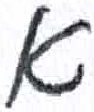
אות: א